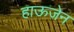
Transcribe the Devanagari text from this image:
हाऊजेन